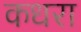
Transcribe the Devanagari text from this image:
कधरा